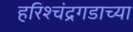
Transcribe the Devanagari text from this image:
हरिश्चंद्रगडाच्या